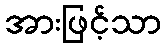
အားဖြင့်သာ